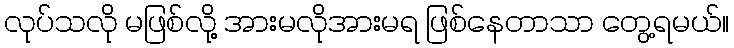
လုပ်သလို မဖြစ်လို့ အားမလိုအားမရ ဖြစ်နေတာသာ တွေ့ရမယ်။